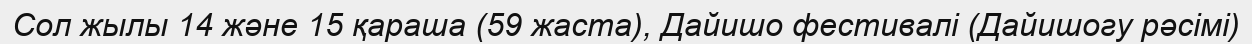
Сол жылы 14 және 15 қараша (59 жаста), Дайишо фестивалі (Дайишогу рәсімі)